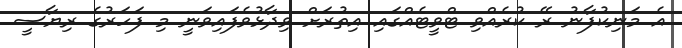
އެ މަނިކުފާނު ރޭ ކުރެއްވި ޓްވީޓެއްގައި އިތުރަށް ވިދާޅުވެފައިވަނީ މި ފަހަރުގެ ރިޔާސީ